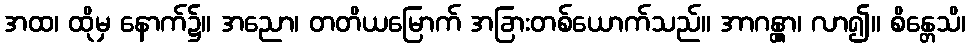
အထ၊ ထိုမှ နောက်၌။ အညော၊ တတိယမြောက် အခြားတစ်ယောက်သည်။ အာဂန္တွာ၊ လာ၍။ စိန္တေသိ၊